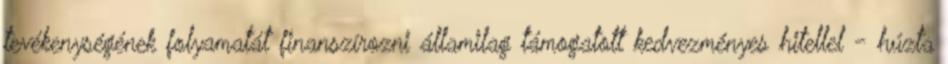
tevékenységének folyamatát finanszírozni államilag támogatott kedvezményes hitellel - húzta